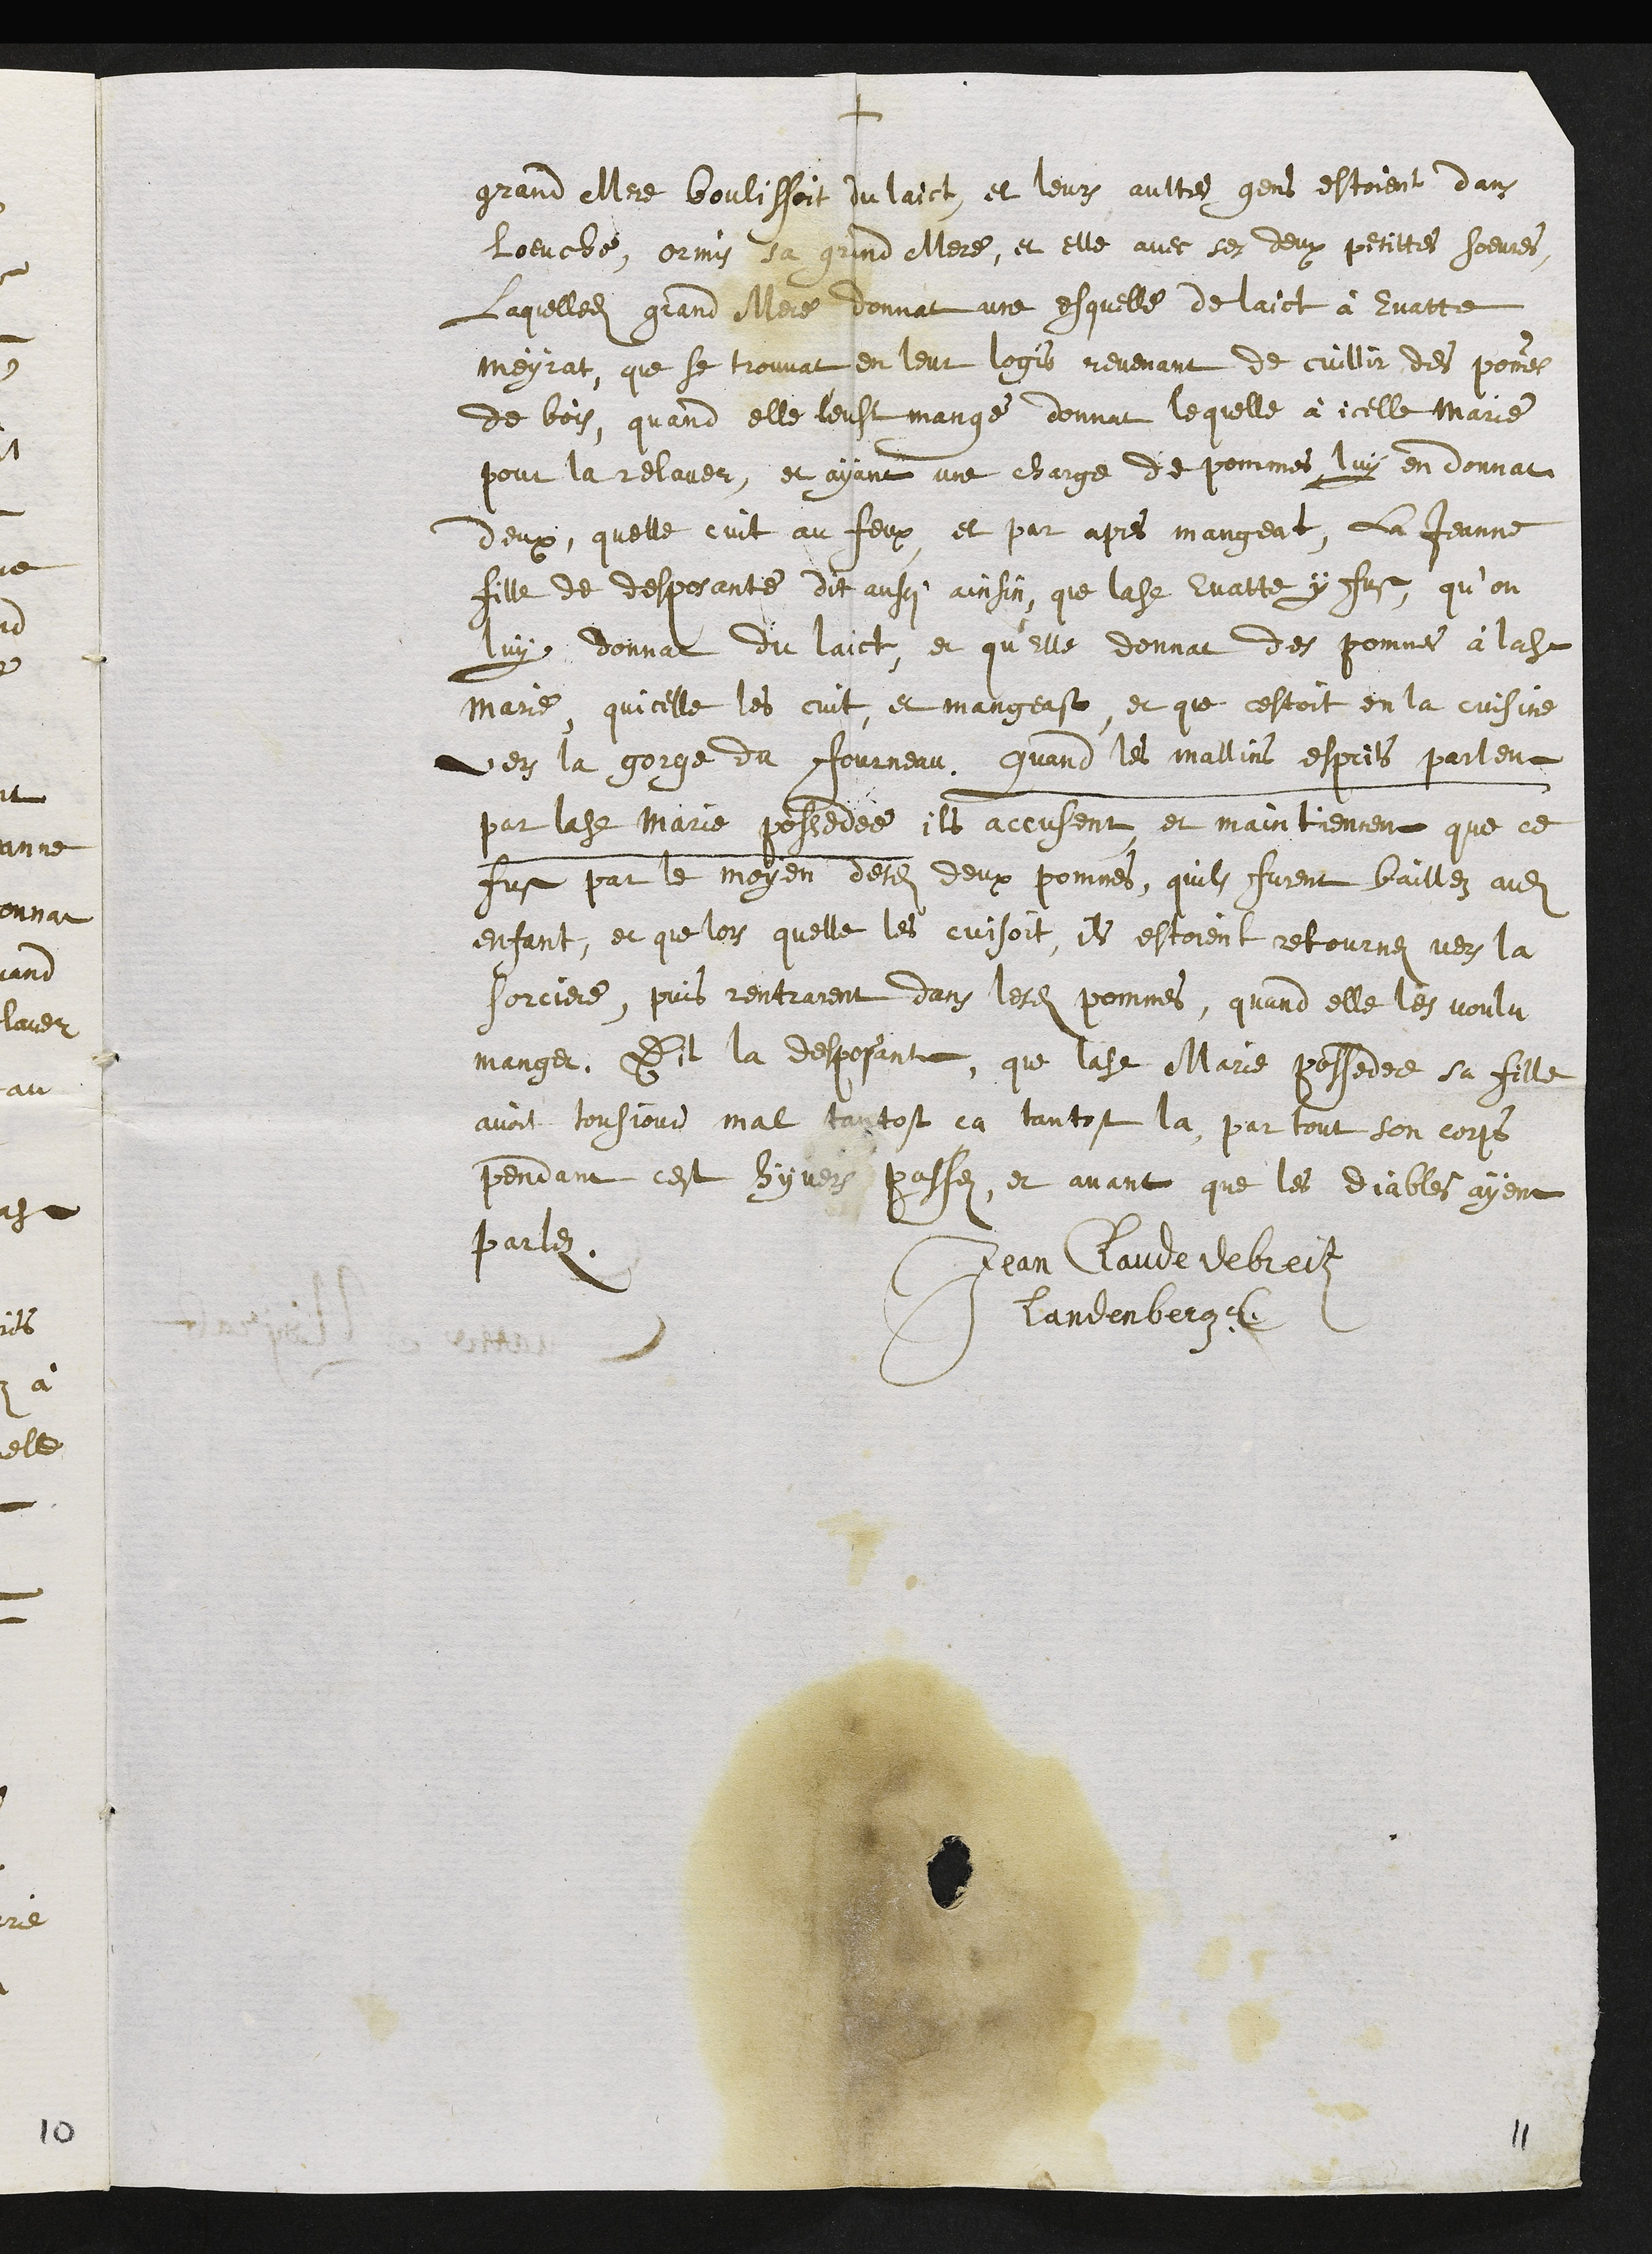
+
grand Mere boulissoit du laict, et leurs aultres gens estoient dans
loeuche, ormis sa grand Mere, et elle avec ses deux petittes soeures
laquelledite grand Mere donnat une esquelle de laict à Evatte
Meyrat, que se trouvat en leur logis revenant de cuillir des pommes
de bois, quand elle l'eust mangé donnat lequelle à icelle Marie
pour la relaver, et ayant une charge de pommes luy en donnat
deux, quelle cuit au feux et par apres mangeat, La Jeanne
fille de desposante dit aussi ainsin, que ladite Evatte y fust, qu’on
luy donnat du laict et qu'Elle donnat des pommes à ladite
Marie, quicelle les cuit, et mangeast, et que cestoit en la cuisine
vers la gorge du fourneau. Quand les mallins espris parlent
par ladite Marie possedée, ils accusent et maintienent que ce
fust par le moyen desdites deux pommes, quils furent baillez audit
enfant, et que lors quelle les cuisoit, ils estoient retournez vers la
sorciere, puis rentrarent dans lesdites pommes, quand elle les voulu
manger. Dit la desposante, que ladite Marie possedee sa fille
avoit tousjour mal tantost ca tantost la, par tout son corps
pendant cest hyvers passez, et avant que les diables ayent
parlez.
Jean Claude de breiten
Landenberg
11